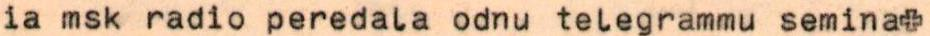
ia msk radio peredala odnu telegrammu semina+